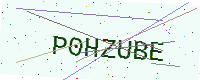
Text: P0HZUBE